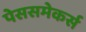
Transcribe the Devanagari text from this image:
पेससमेकर्स